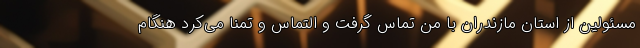
مسئولین از استان مازندران با من تماس گرفت و التماس و تمنا می‌کرد هنگام